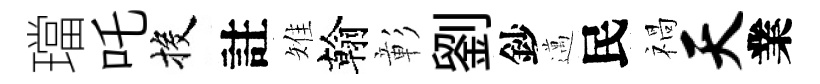
璫吒投註雉翰彰劉鈔邁民禍天業